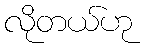
လိုတယ်ဟု